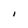
Character: I